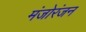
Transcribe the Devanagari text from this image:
मंजोरंजन